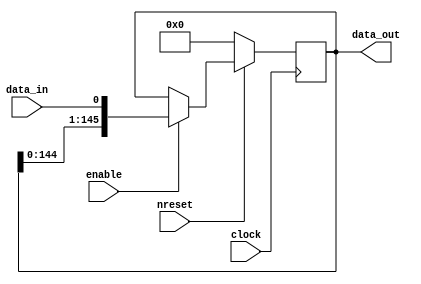
module LogicTileConfig(
    input clock,
    input nreset,
    input enable,
    input data_in,
    output [145:0] data_out
);
    reg [145:0] r_data;
    always @(posedge clock) begin
        if (!nreset) begin
            r_data <= 0;
        end else begin
            if (enable) begin
                r_data <= {r_data[144:0], data_in};
            end
        end
    end
    assign data_out = r_data;   

endmodule